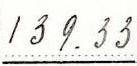
139.33